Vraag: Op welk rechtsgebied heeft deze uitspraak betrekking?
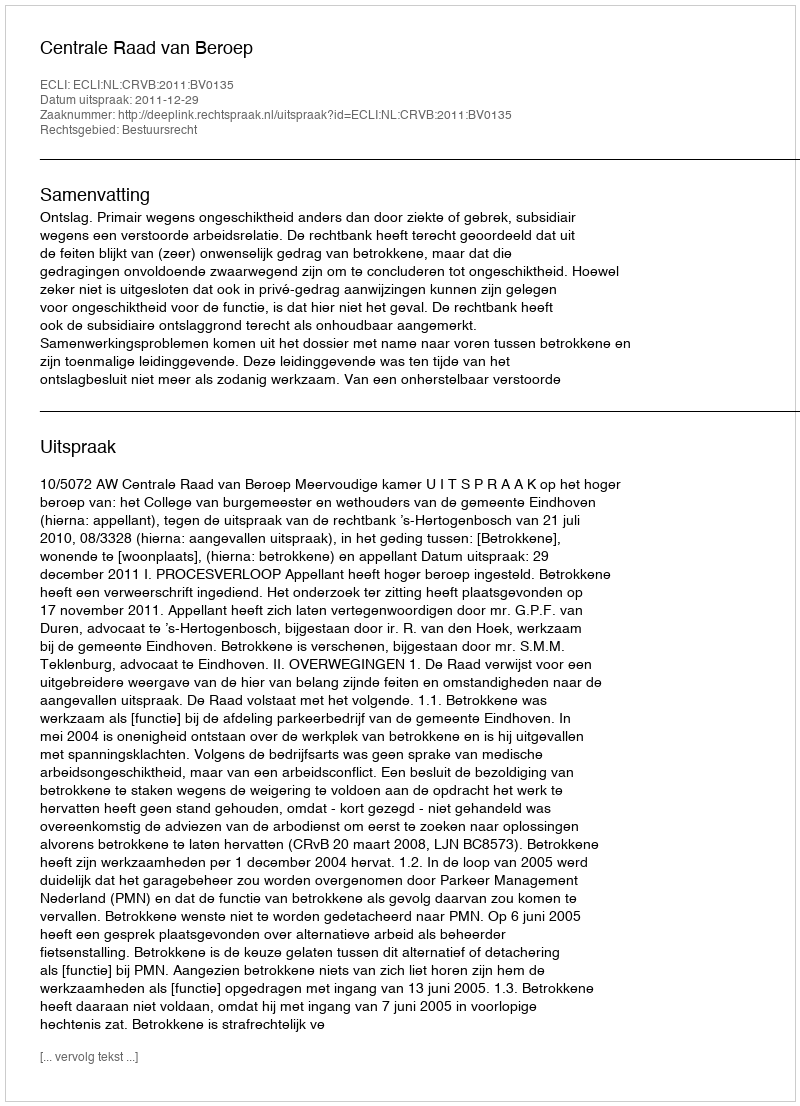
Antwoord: Bestuursrecht